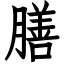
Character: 膳